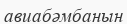
авиабәмбанын